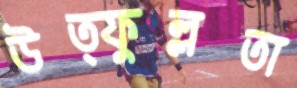
উত্ফুল্লতা